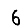
Digit: 6